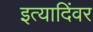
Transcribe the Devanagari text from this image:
इत्यादिंवर